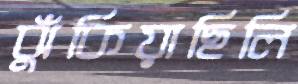
ঝুঁকিয়াছিলি